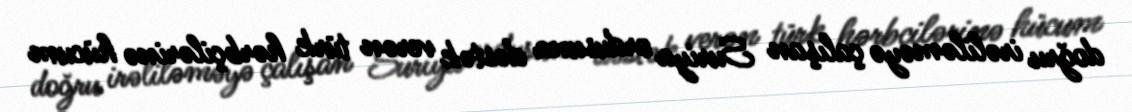
doğru irəliləməyə çalışan Suriya ordusuna dəstək verən türk hərbçilərinə hücum